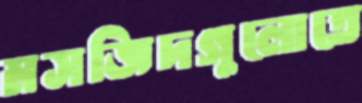
মসজিদগুলোতে